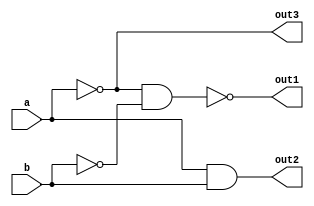
module my_gates(a,b,out1,out2,out3);
input a,b;
output out1,out2,out3;
//my_or
wire or1,or2;
nand(or1,a,a);
nand(or2,b,b);
nand my_or(out1,or1,or2);

//my_and
wire and1;
nand(and1,a,b);
nand my_and(out2,and1,and1);

//my_not
nand my_not(out3,a,a);

endmodule


module xor_gate (a1,b1,out);
input a1,b1;
output out;
wire o1,o2,o3,o4;
my_gates m1(.a(a1),.out3(o1));
my_gates m2(.a(b1),.out3(o2));
my_gates m3(.a(o1),.b(b1),.out2(o3));
my_gates m4(.a(a1),.b(o2),.out2(o4));
my_gates m5(.a(o3),.b(o4),.out1(out));
endmodule


module stimulus;
reg a,b;
wire out;
xor_gate x(a,b,out);
initial begin
    a=1'b1 ;b=1'b1;
    #5 a=1'b1; b=1'b0;
end

initial begin
$monitor($time," a=%b b=%b xor=%b",a,b,out);    
end

endmodule    

    
// endmodule
// module stimulus;
// reg a,b;
// wire out1,out2,out3;
// my_gates mg(a,b,out1,out2,out3);

// initial begin
// $monitor($time," a=%b b=%b or=%b and=%b not=%b",a,b,out1,out2,out3);    
// end
// initial begin
//     a=1'b1 ;b=1'b1;
//     #5 a=1'b1; b=1'b0;
// end
// endmodule